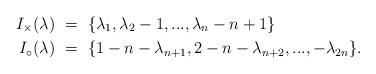
LaTeX: \begin{align*} I_\times(\lambda)\ & =\ \{ \lambda_1 , \lambda_2 - 1, ... , \lambda_n - n +1 \} \\ I_\circ(\lambda)\ & = \ \{ 1 - n - \lambda_{n+1} , 2 - n - \lambda_{n+2} , ... , - \lambda_{2n} \}. \end{align*}